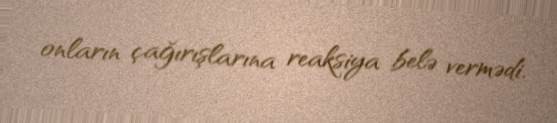
onların çağırışlarına reaksiya belə vermədi.